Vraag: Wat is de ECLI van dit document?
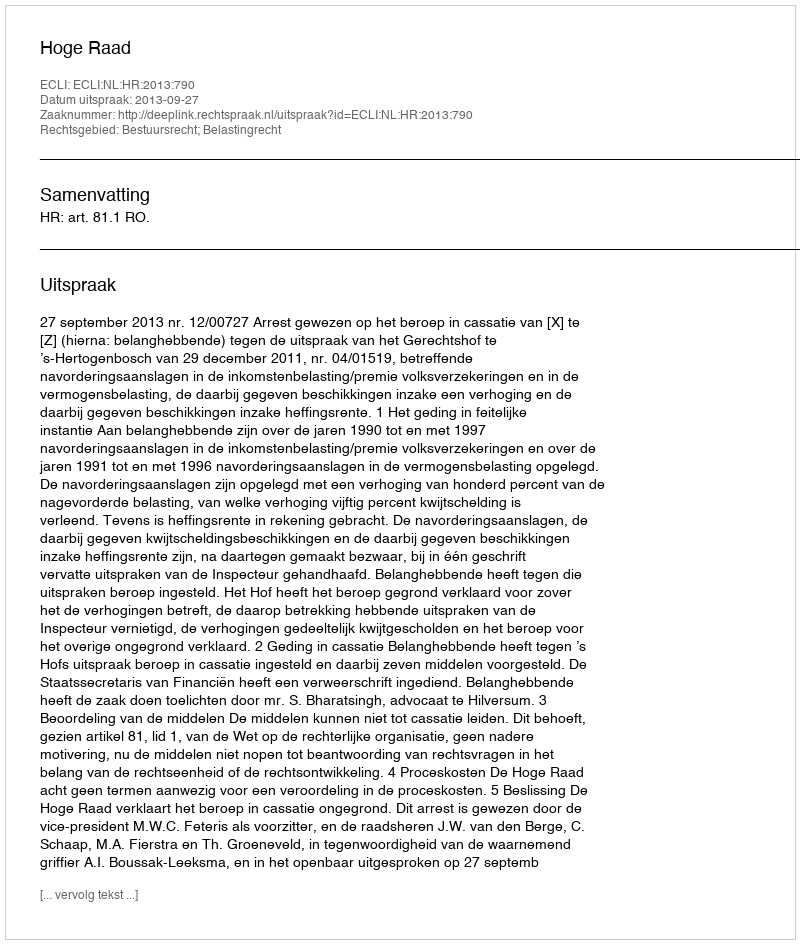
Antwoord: ECLI:NL:HR:2013:790